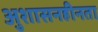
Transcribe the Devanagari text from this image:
अुशासनहीनता